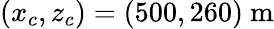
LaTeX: (x_{c},z_{c})=(500,260)~\mathrm{m}